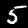
Digit: 5